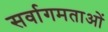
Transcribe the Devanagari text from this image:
सर्वागमताओं